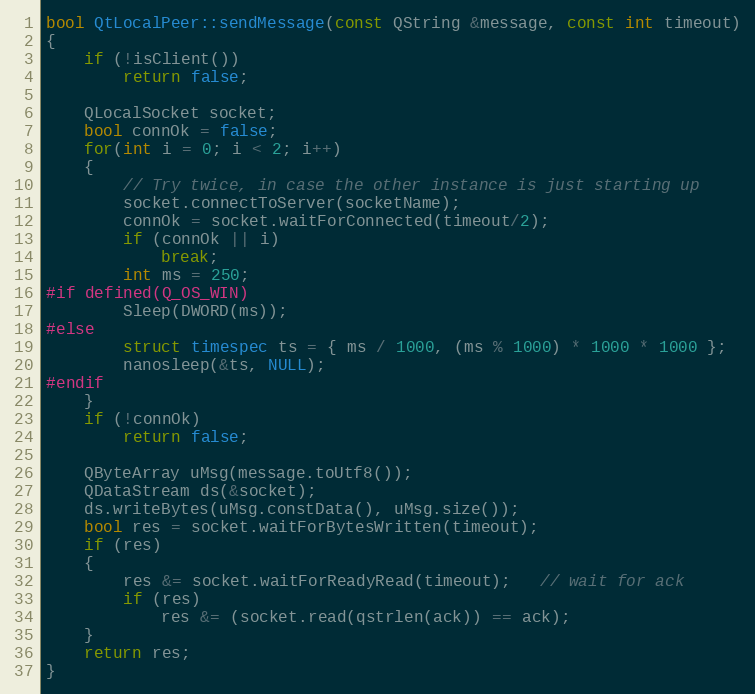
Language: C++
bool QtLocalPeer::sendMessage(const QString &message, const int timeout)
{
    if (!isClient())
        return false;

    QLocalSocket socket;
    bool connOk = false;
    for(int i = 0; i < 2; i++)
    {
        // Try twice, in case the other instance is just starting up
        socket.connectToServer(socketName);
        connOk = socket.waitForConnected(timeout/2);
        if (connOk || i)
            break;
        int ms = 250;
#if defined(Q_OS_WIN)
        Sleep(DWORD(ms));
#else
        struct timespec ts = { ms / 1000, (ms % 1000) * 1000 * 1000 };
        nanosleep(&ts, NULL);
#endif
    }
    if (!connOk)
        return false;

    QByteArray uMsg(message.toUtf8());
    QDataStream ds(&socket);
    ds.writeBytes(uMsg.constData(), uMsg.size());
    bool res = socket.waitForBytesWritten(timeout);
    if (res)
    {
        res &= socket.waitForReadyRead(timeout);   // wait for ack
        if (res)
            res &= (socket.read(qstrlen(ack)) == ack);
    }
    return res;
}